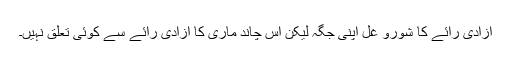
آزادی رائے کا شورو غل اپنی جگہ لیکن اس چاند ماری کا آزادی رائے سے کوئی تعلق نہیں۔